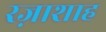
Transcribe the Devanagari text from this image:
रज़ाशाह